Report on horse surra - Volume II, Part I
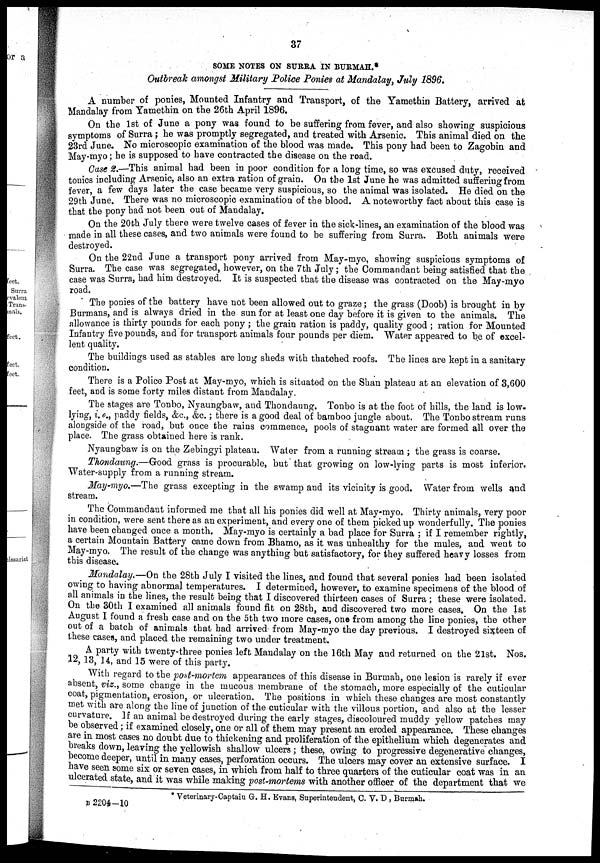
37
SOME NOTES ON SURRA IN BURMAH.*
Outbreak amongst Military Police Ponies at Mandalay, July 1896.
A number of ponies, Mounted Infantry and Transport, of the Yamethin Battery, arrived at
Mandalay from Yamethin on the 26th April 1896.
On the 1st of June a pony was found to be suffering from fever, and also showing suspicious
symptoms of Surra ; he was promptly segregated, and treated with Arsenic. This animal died on the
23rd June. No microscopic examination of the blood was made. This pony had been to Zagobin and
May-myo; he is supposed to have contracted the disease on the road.
Case 2.—This animal had been in poor condition for a long time, so was excused duty, received
tonics including Arsenic, also an extra ration of grain. On the 1st June he was admitted suffering from
fever a few days later the case became very suspicious, so the animal was isolated. He died on the
29th June. There was no microscopic examination of the blood. A noteworthy fact about this case is
that the pony had not been out of Mandalay.
On the 20th July there were twelve cases of fever in the sick-lines, an examination of the blood was
made in all these cases, and two animals were found to be suffering from Surra. Both animals were
destroyed.
On the 22nd June a transport pony arrived from May-myo, showing suspicious symptoms of
Surra. The case was segregated, however, on the 7th July; the Commandant being satisfied that the
case was Surra, had him destroyed. It is suspected that the disease was contracted on the May-myo
road.
The ponies of the battery have not been allowed out to graze ; the grass (Doob) is brought in by
Burmans, and is always dried in the sun for at least one day before it is given to the animals. The
allowance is thirty pounds for each pony ; the grain ration is paddy, quality good ; ration for Mounted
Infantry five pounds, and for transport animals four pounds per diem. Water appeared to be of excel-
lent quality.
The buildings used as stables are long sheds with thatched roofs. The lines are kept in a sanitary
condition.
There is a Police Post at May-myo, which is situated on the Shan plateau at an elevation of 3,600
feet, and is some forty miles distant from Mandalay.
The stages are Tonbo, Nyaungbaw, and Thondaung. Tonbo is at the foot of hills, the land is low¬
lying, i.e., paddy fields, &c., &c. ; there is a good deal of bamboo jungle about. The Tonbo stream runs
alongside of the road, but once the rains commence, pools of stagnant water are formed all over the
place. The grass obtained here is rank.
Nyaungbaw is on the Zebingyi plateau. Water from a running stream ; the grass is coarse.
Thondaung.—Good grass is procurable, but that growing on low-lying parts is most inferior,
Water-supply from a running stream.
May-myo.—The grass excepting in the swamp and its vicinity is good. Water from wells and
stream.
The Commandant informed me that all his ponies did well at May-myo. Thirty animals, very poor
in condition, were sent there as an experiment, and every one of them picked up wonderfully. The ponies
have been changed once a month. May-myo is certainly a bad place for Surra ; if I remember rightly,
a certain Mountain Battery came down from Bhamo, as it was unhealthy for the mules, and went to
May-myo. The result of the change was anything but satisfactory, for they suffered heavy losses from
this disease.
Mandalay.—On the 28th July I visited the lines, and found that several ponies had been isolated
owing to having abnormal temperatures. I determined, however, to examine specimens of the blood of
all animals in the lines, the result being that I discovered thirteen cases of Surra ; these were isolated.
On the 30th I examined all animals found fit on 28th, and discovered two more cases. On the 1st
August I found a fresh case and on the 5th two more cases, one from among the line ponies, the other
out of a batch of animals that had arrived from May-myo the day previous. I destroyed sixteen of
these cases, and placed the remaining two under treatment.
A party with twenty-three ponies left Mandalay on the 16th May and returned on the 21st. Nos.
12, 13, 14, and 15 were of this party.
With regard to the post-mortem appearances of this disease in Burmah, one lesion is rarely if ever
absent, viz., some change in the mucous membrane of the stomach, more especially of the cuticular
coat, pigmentation, erosion, or ulceration. The positions in which these changes are most constantly
met with are along the line of junction of the cuticular with the villous portion, and also at the lesser
curvature. If an animal be destroyed during the early stages, discoloured muddy yellow patches may
be observed ; if examined closely, one or all of them may present an eroded appearance. These changes
are in most cases no doubt due to thickening and proliferation of the epithelium which degenerates and
breaks down, leaving the yellowish shallow ulcers; these, owing to progressive degenerative changes,
become deeper, until in many cases, perforation occurs. The ulcers may cover an extensive surface. I
have seen some six or seven cases, in which from half to three quarters of the cuticular coat was in an
ulcerated state, and it was while making post-mortems with another officer of the department that we
* Veterinary-Captain G. H. Evans, Superintendent, C. V. D , Burmah.
B 2204 —10